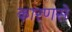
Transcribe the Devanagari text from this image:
कारणसे